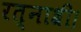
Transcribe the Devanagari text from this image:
रत्नाश्री।